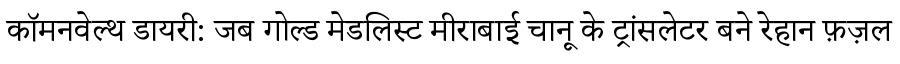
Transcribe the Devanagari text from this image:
कॉमनवेल्थ डायरी: जब गोल्ड मेडलिस्ट मीराबाई चानू के ट्रांसलेटर बने रेहान फ़ज़ल